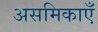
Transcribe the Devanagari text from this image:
असमिकाएँ